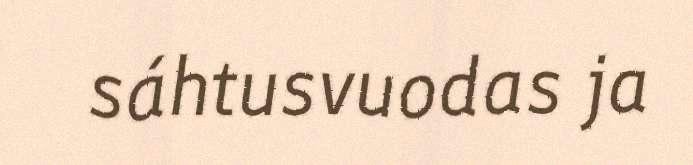
sáhtusvuodas ja